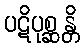
ပဋိပုစ္ဆန္တိ